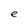
Character: e